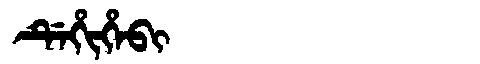
Manchu: ᡩᡝᡥᡳᡥᡝᠪᡳ
Romanization: DEHIHEBI